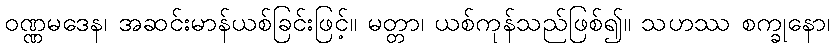
ဝဏ္ဏမဒေန၊ အဆင်းမာန်ယစ်ခြင်းဖြင့်။ မတ္တာ၊ ယစ်ကုန်သည်ဖြစ်၍။ သဟဿ စက္ခုနော၊